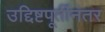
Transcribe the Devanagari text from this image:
उद्दिष्टपूर्तीनंतर